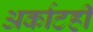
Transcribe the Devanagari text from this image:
अर्काटही